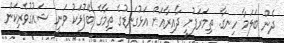
ދެން ބަލަމާ ހިނގާ. ތިމަރަފުށީ ދާއިރާއަށް އަޅުގަނޑުގެ ތިމާގެ ބޭފުޅަކު ވަނީ ޝައުގުވެރިކަން